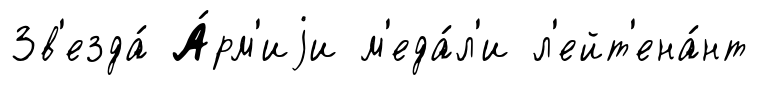
Зв'езда́ А́рм'иjи м'еда́л'и л'ейт'ена́нт